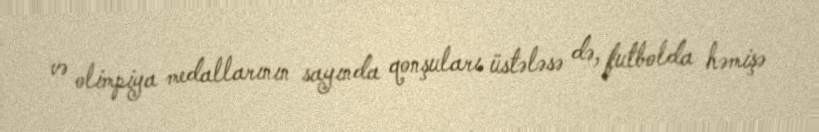
və olimpiya medallarının sayında qonşuları üstələsə də, futbolda həmişə